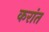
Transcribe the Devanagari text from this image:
करांत